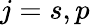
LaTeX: j=s,p